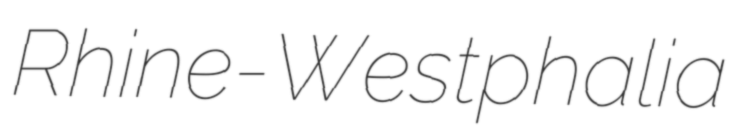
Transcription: Rhine-Westphalia